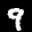
Label: 9